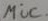
Text: mic